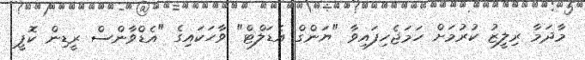
މާދަމާ ރިލީޒު ކުރުމަށް ހަމަޖެހިފައިވާ "ޔަންގް އެޑަލްޓް" ވާހަކައިގެ "އެޑްވާންސް ރީޑިން ކޮޕީ